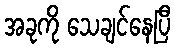
အခုကို သေချင်နေပြီ